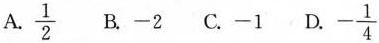
A.\frac{1}{2} B.-2 C.-1 D. -\frac{1}{4}